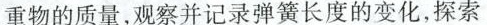
重物的质量，观察并记录弹簧长度的变化，探索